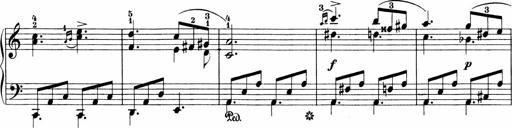
Title: 3 Sonatinas
Composer: Carl Reinecke